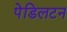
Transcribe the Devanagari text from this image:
पेडिलटन